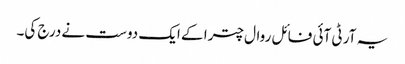
یہ آر ٹی آئی فائل روال چترا کے ایک دوست نے درج کی۔